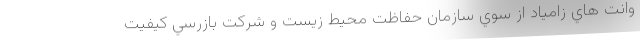
وانت هاي زامیاد از سوي سازمان حفاظت محيط زيست و شركت بازرسي كيفيت